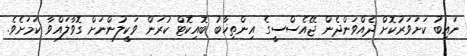
ނައިބު ކަށަވަރުކޮށް ދެއްވަންދެން ޖޭއެސްސީގެ އިންތިޚާބު ބޮއިކޮޓް ކުރަން ވަކީލުންނަށް ގޮވާލައްވާ ކަމަށެވެ.